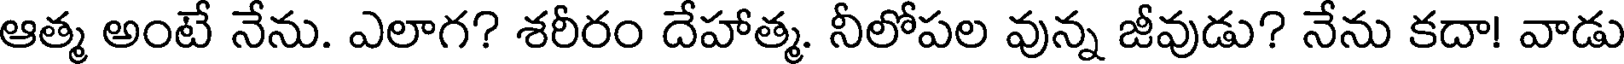
ఆత్మ అంటే నేను. ఎలాగ? శరీరం దేహాత్మ. నీలోపల వున్న జీవుడు? నేను కదా! వాడు